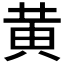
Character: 黄